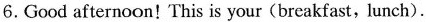
6.Good afternoon!This is your(breakfast,lunch).